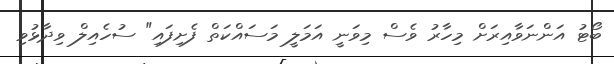
ބޯޓު އަންނަވާއިރަށް މިހާރު ވެސް މިވަނީ އަމަލީ މަސައްކަތް ފެށިފައި" ސުހެއިލް ވިދާޅުވި